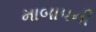
માબાપની